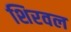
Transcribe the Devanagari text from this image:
शिरवल